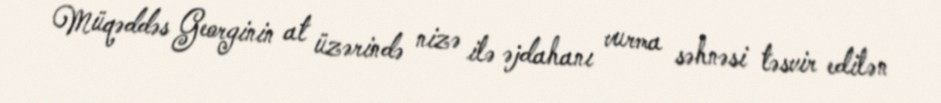
Müqəddəs Georginin at üzərində nizə ilə əjdahanı vurma səhnəsi təsvir edilən